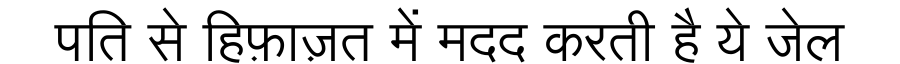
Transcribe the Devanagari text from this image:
पति से हिफ़ाज़त में मदद करती है ये जेल